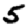
Digit: 5